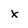
Character: X